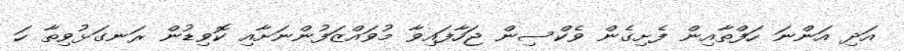
އަދި އަންނަ ހަފްތާއިން ފެށިގެން ވެކްސިން ޖަހާފައިވާ މުވައްޒަފުންނަށާއި ކޮވިޑުން ރަނގަޅުވިތާ ހަ